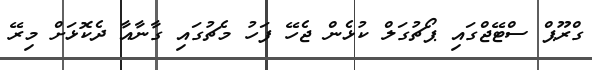
ގްރޫޕް ސްޓޭޖްގައި ޕޯޗުގަލް ކުޅެން ޖެހޭ ފަހު މެޗުގައި ގާނާއާ ދެކޮޅަށް މިރޭ